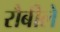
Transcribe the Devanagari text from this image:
रौबीले